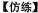
【仿练】